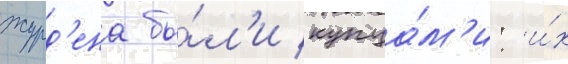
журд'ена бы́л'и купца́м'и: и́х